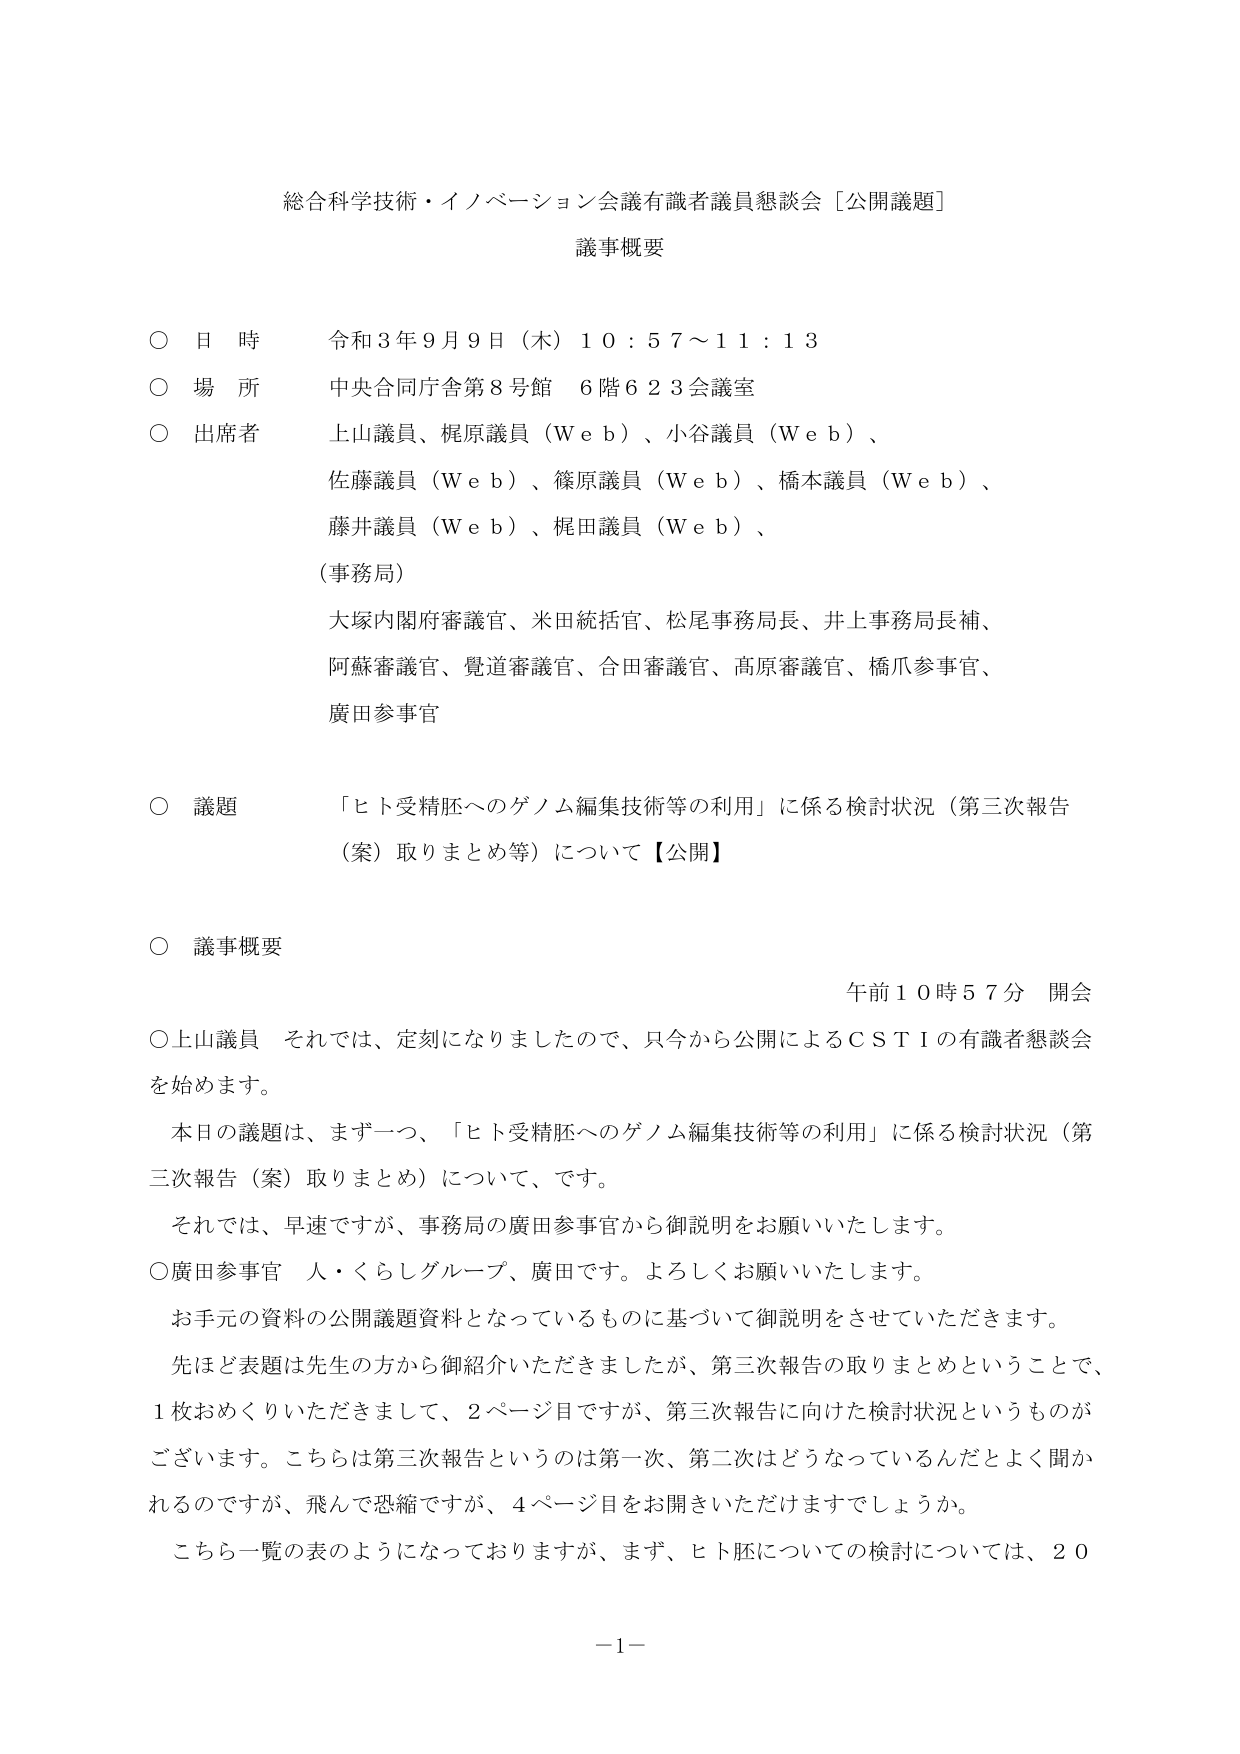
総合科学技術・イノベーション会議有識者議員懇談会［公開議題］
議事概要

○ 日 時 令和３年９月９日（木）１０：５７～１１：１３
○ 場 所 中央合同庁舎第８号館 ６階６２３会議室
○ 出席者 上山議員、梶原議員（Ｗｅｂ）、小谷議員（Ｗｅｂ）、
　　　　　佐藤議員（Ｗｅｂ）、篠原議員（Ｗｅｂ）、橋本議員（Ｗｅｂ）、
　　　　　藤井議員（Ｗｅｂ）、梶田議員（Ｗｅｂ）、
　　　　　（事務局）
　　　　　大塚内閣府審議官、米田統括官、松尾事務局長、井上事務局長補、
　　　　　阿蘇審議官、覧道審議官、合田審議官、高原審議官、橋爪参事官、
　　　　　廣田参事官

○ 議題 「ヒト受精胚へのゲノム編集技術等の利用」に係る検討状況（第三次報告
　　　（案）取りまとめ等）について【公開】

○ 議事概要
　　　　　　　　　　　　　　　　　　　　　　　　　　　　　午前１０時５７分 開会
○上山議員 それでは、定刻になりましたので、只今から公開によるＣＳＴＩの有識者懇談会
を始めます。
　本日の議題は、まず一つ、「ヒト受精胚へのゲノム編集技術等の利用」に係る検討状況（第
三次報告（案）取りまとめ）について、です。
　それでは、早速ですが、事務局の廣田参事官から御説明をお願いいたします。
○廣田参事官 人・くらしグループ、廣田です。よろしくお願いいたします。
　お手元の資料の公開議題資料となっているものに基づいて御説明をさせていただきます。
　先ほど表題は先生の方から御紹介いただきましたが、第三次報告の取りまとめということで、
１枚おめくりいただきまして、２ページ目ですが、第三次報告に向けた検討状況というものが
ございます。こちらは第三次報告というのは第一次、第二次はどうなっているんだとよく聞か
れるのですが、飛んで恐縮ですが、４ページ目をお開きいただけますでしょうか。
　こちら一覧の表のようになっておりますが、まず、ヒト胚についての検討については、２０

－１－